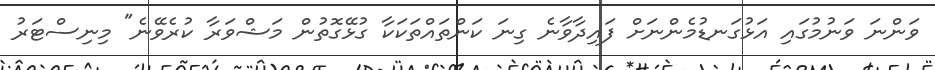
ވަންނަ ވަނުމުގައި އަޅުގަނޑުމެންނަށް ފައިދާވާނެ ގިނަ ކަންތައްތަކަކާ ގުޅޭގޮތުން މަޝްވަރާ ކުރެވޭނެ" މިނިސްޓަރު